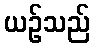
ယဉ်သည်